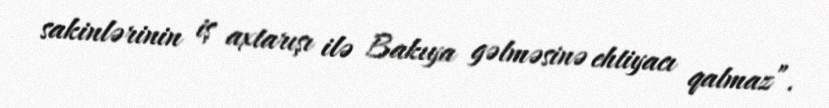
sakinlərinin iş axtarışı ilə Bakıya gəlməsinə ehtiyacı qalmaz”.